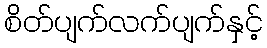
စိတ်ပျက်လက်ပျက်နှင့်